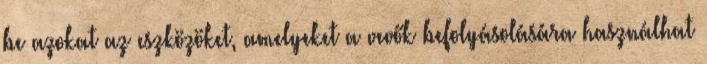
be azokat az eszközöket, amelyeket a vevők befolyásolására használhat